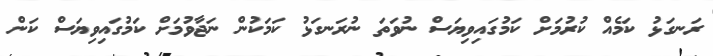
ރަނގަޅު ކަމެއް ކުރުމަށް ކަމުގައިވިޔަސް ނުވަތަ ނުރަނގަޅު ކަމަކުން ނަޖާވުމަށް ކަމުގައިވިޔަސް ކަން